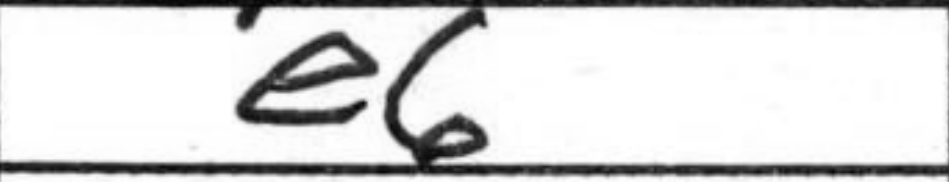
Transcription: e6